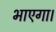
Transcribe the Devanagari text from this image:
भाएगा।